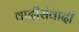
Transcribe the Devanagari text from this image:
वादीसंवादी